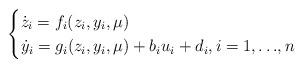
LaTeX: \begin{align*}\begin{cases} \dot{z}_i=f_i(z_i,y_i,\mu)\\ \dot{y}_i=g_i(z_i,y_i,\mu)+ b_iu_i+d_i, i=1,{\dots},n \end{cases}\end{align*}